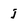
Character: j